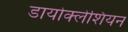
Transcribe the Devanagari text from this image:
डायोक्लेशियन